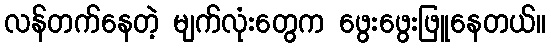
လန်တက်နေတဲ့ မျက်လုံးတွေက ဖွေးဖွေးဖြူနေတယ်။